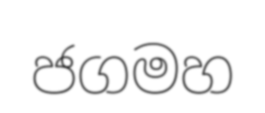
ජගමහ